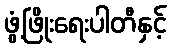
ဖွံ့ဖြိုးရေးပါတီနှင့်